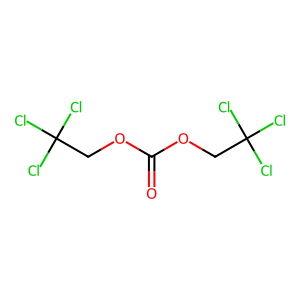
SMILES: O=C(OCC(Cl)(Cl)Cl)OCC(Cl)(Cl)Cl
Inhibits HIV replication: No